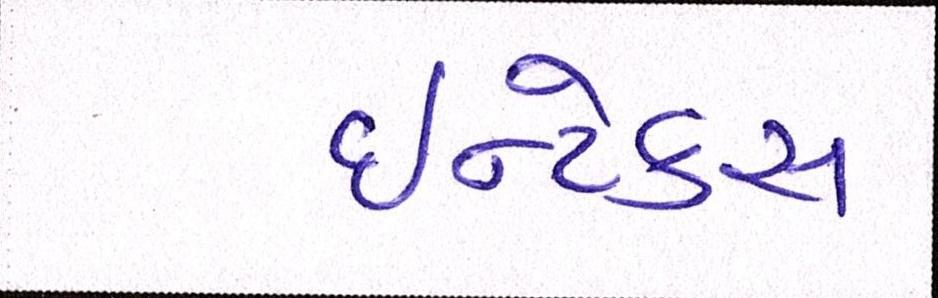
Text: ઈન્ટેક્સ